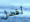
أفضل